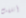
أتلفت